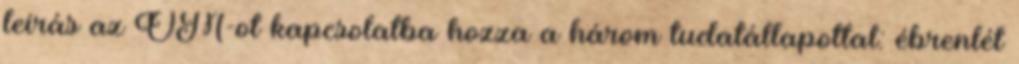
leírás az OM-ot kapcsolatba hozza a három tudatállapottal: ébrenlét